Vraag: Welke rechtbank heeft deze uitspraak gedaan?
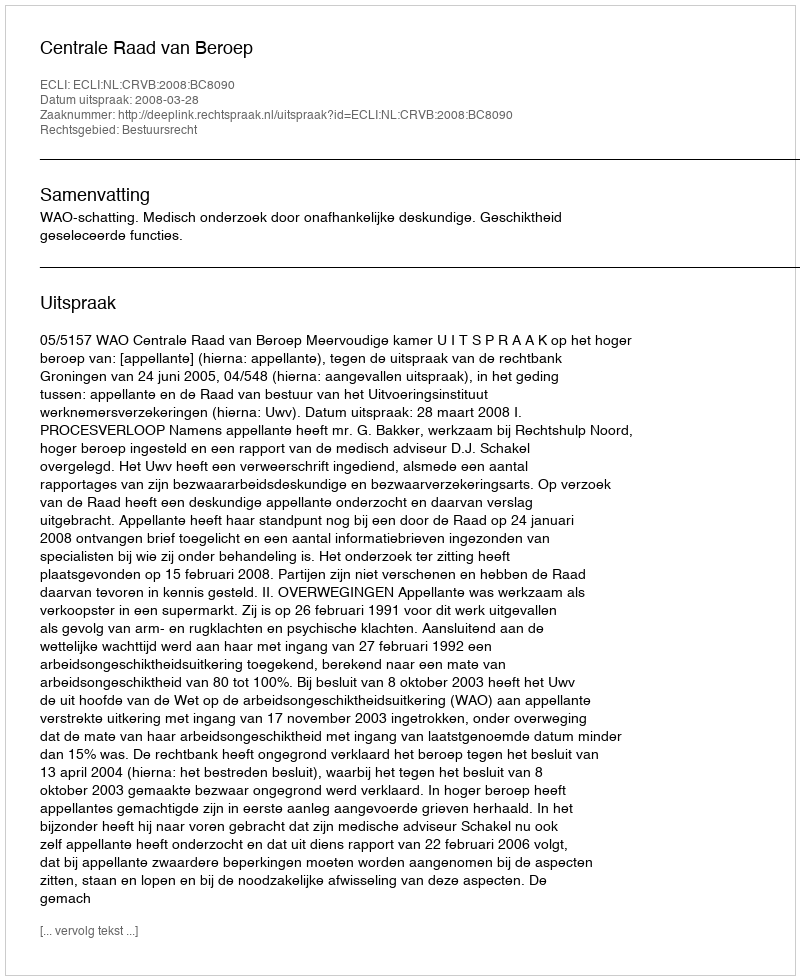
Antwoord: Centrale Raad van Beroep